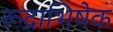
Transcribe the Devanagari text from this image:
रूद्राभिषेक